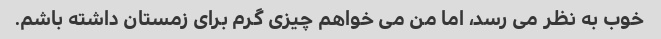
خوب به نظر می رسد، اما من می خواهم چیزی گرم برای زمستان داشته باشم.